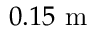
0 . 1 5 \mathrm { ~ m ~ }